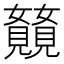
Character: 𫌥